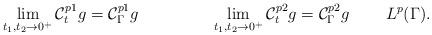
LaTeX: \begin{align*}&\lim_{t_1,t_2\rightarrow0^+}\mathcal C_t^{p1}g=\mathcal C_\Gamma^{p1}g& && &\lim_{t_1,t_2\rightarrow0^+}\mathcal C_t^{p2}g=\mathcal C_\Gamma^{p2}g& &L^p(\Gamma).&\end{align*}